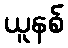
ယူနစ်